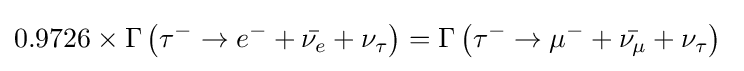
0.9726\times \Gamma \left(\tau ^{-}\rightarrow e^{-}+{\bar {\nu _{e}}}+\nu _{\tau }\right)=\Gamma \left(\tau ^{-}\rightarrow \mu ^{-}+{\bar {\nu _{\mu }}}+\nu _{\tau }\right)~